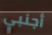
أجنبي